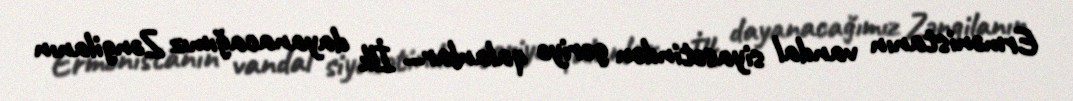
Ermənistanın vandal siyasətindən geriyə qalanlar... İlk dayanacağımız Zəngilanın